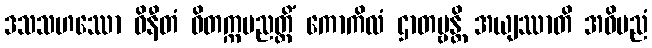
ဒသသဟဿော ဝိနီတံ ဝိတက္ကပညတ္တိံ ကောကိလံ ဌာတဗ္ဗန္တိ အယျဿာတိ အဓိပညံ